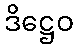
ဒိဋ္ဌေဝ